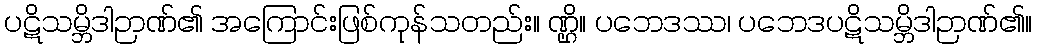
ပဋိသမ္ဘိဒါဉာဏ်၏ အကြောင်းဖြစ်ကုန်သတည်း။ ဏ္ဌိ။ ပဘေဒဿ၊ ပဘေဒပဋိသမ္ဘိဒါဉာဏ်၏။